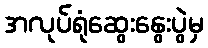
အလုပ်ရုံဆွေးနွေးပွဲမှ